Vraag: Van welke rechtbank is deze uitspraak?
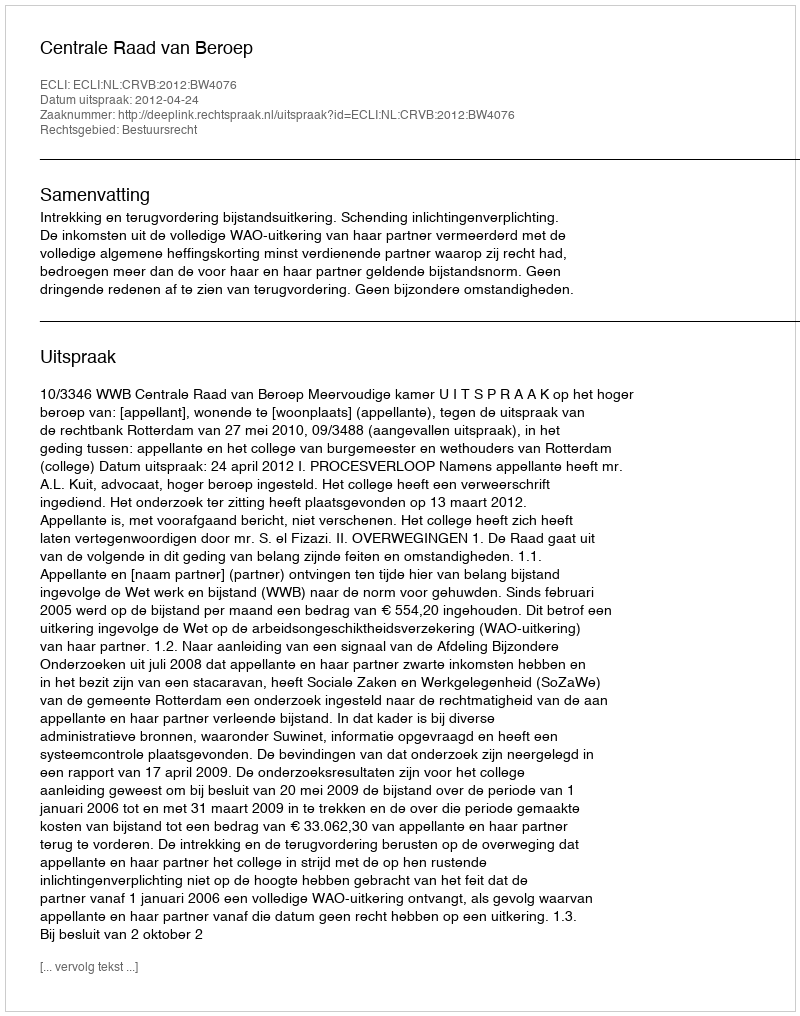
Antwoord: Centrale Raad van Beroep